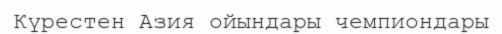
Күрестен Азия ойындары чемпиондары